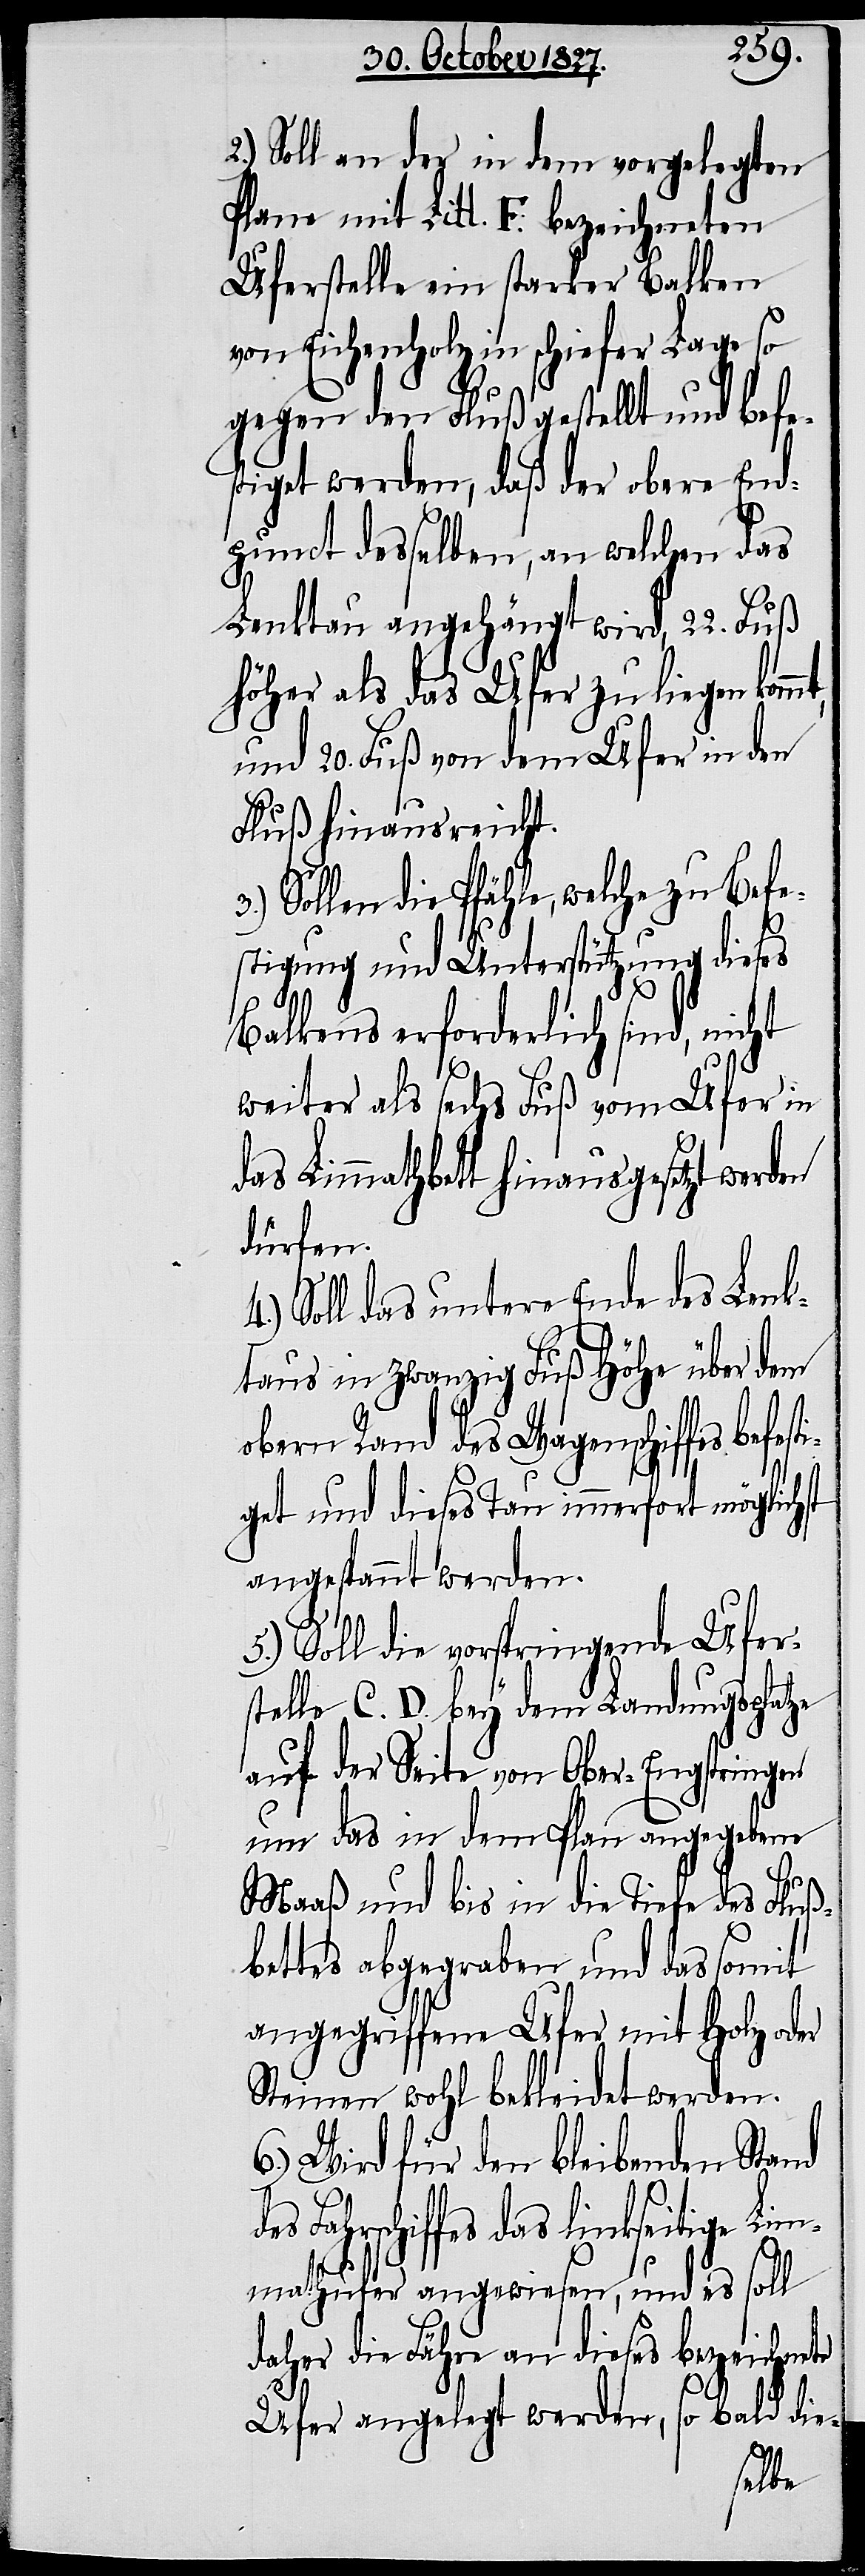
2.) Soll an der in dem vorgelegten
Plane mit Litt. F. bezeichneten
Uferstelle ein starker Balken
von Eichenholz in schiefer Lage so
gegen den Fluß gestellt und befe¬
stiget werden, daß der obere End¬
punct desselben, an welchen das
Lenktau angehängt wird, 22. Fuß
höher als das Ufer zu liegen
und 20. Fuß von dem Ufer in den
Fluß hinausreicht.
3.) Sollen die Pfähle, welche zu Befe¬
stigung und Unterstützung dieses
Balkens erforderlich sind, nicht
weiter als sechs Fuß vom Ufer in
das Limmathbett hinausgesetzt werden
dürfen.
Soll das untere Ende des Lenk¬
taus in zwanzig Fuß Höhe über dem
obern Rand des Wagenschiffes be¬
get und dieses Tau immerfort möglichst
angespannt werden.
Soll die vorspringende Ufer¬
stelle C. D. bey dem Landungsplatze
auf der Seite von Ober-Engstringen
um das in dem Plan angegebene
Maaß und bis in die Tiefe des Fluß¬
bettes abgegraben und das somit
angegriffene Ufer mit Holz oder
Steinen wohl bekleidet werden.
6.) Wird für den bleibenden Stand
Fahrschiffes das linkseitige
Limmathufer angewiesen, und es soll
daher die Fähre an dieses bezeichnete
Ufer angelegt werden, so bald die-
festi¬